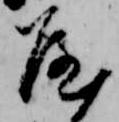
や